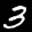
Label: 3